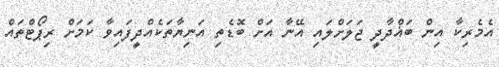
އެމެރިކާ އިން ބަޣްދާދީ ޖަލަށްލައި އޭނާ އަށް ބޮޑެތި އަނިޔާތަކެއްދީފައިވާ ކަމަށް ރިޕޯޓްތައް